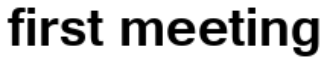
first meeting